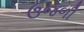
ઉજળી